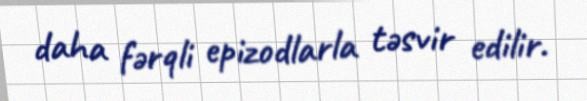
daha fərqli epizodlarla təsvir edilir.